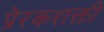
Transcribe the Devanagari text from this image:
प्रेरकशक्ती